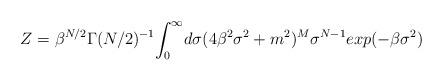
LaTeX: \begin{align*}Z = \beta^{N/2} \Gamma(N/2)^{-1}{\LARGE\int_0^\infty} d\sigma ( 4 \beta^2 \sigma^2 + m^2 )^M \sigma^{N-1} exp( -\beta \sigma^2 )\end{align*}